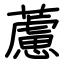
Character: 藘